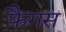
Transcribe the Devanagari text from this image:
फैगस